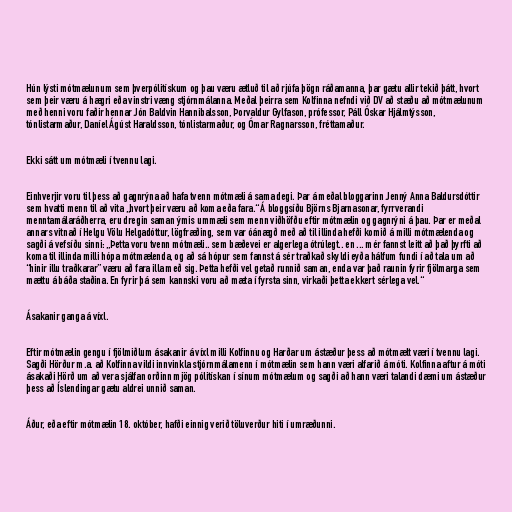
Hún lýsti mótmælunum sem þverpólitískum og þau væru ætluð til að rjúfa þögn ráðamanna, þar gætu allir tekið þátt, hvort
sem þeir væru á hægri eða vinstri væng stjórnmálanna. Meðal þeirra sem Kolfinna nefndi við DV að stæðu að mótmælunum
með henni voru faðir hennar Jón Baldvin Hannibalsson, Þorvaldur Gylfason, prófessor, Páll Óskar Hjálmtýsson,
tónlistarmaður, Daníel Ágúst Haraldsson, tónlistarmaður, og Ómar Ragnarsson, fréttamaður.

Ekki sátt um mótmæli í tvennu lagi.

Einhverjir voru til þess að gagnrýna að hafa tvenn mótmæli á sama degi. Þar á meðal bloggarinn Jenný Anna Baldursdóttir
sem hvatti menn til að vita „hvort þeir væru að koma eða fara.“ Á bloggsíðu Björns Bjarnasonar, fyrrverandi
menntamálaráðherra, eru dregin saman ýmis ummæli sem menn viðhöfðu eftir mótmælin og gagnrýni á þau. Þar er meðal
annars vitnað í Helgu Völu Helgadóttur, lögfræðing, sem var óánægð með að til illinda hefði komið á milli mótmælenda og
sagði á vefsíðu sinni: „Þetta voru tvenn mótmæli.. sem bæðevei er algerlega ótrúlegt.. en ... mér fannst leitt að það þyrfti að
koma til illinda milli hópa mótmælenda, og að sá hópur sem fannst á sér traðkað skyldi eyða hálfum fundi í að tala um að
“hinir illu traðkarar” væru að fara illa með sig. Þetta hefði vel getað runnið saman, enda var það raunin fyrir fjölmarga sem
mættu á báða staðina. En fyrir þá sem kannski voru að mæta í fyrsta sinn, virkaði þetta ekkert sérlega vel.“

Ásakanir ganga á víxl.

Eftir mótmælin gengu í fjölmiðlum ásakanir á víxl milli Kolfinnu og Harðar um ástæður þess að mótmælt væri í tvennu lagi.
Sagði Hörður m.a. að Kolfinna vildi innvinkla stjórnmálamenn í mótmælin sem hann væri alfarið á móti. Kolfinna aftur á móti
ásakaði Hörð um að vera sjálfan orðinn mjög pólitískan í sínum mótmælum og sagði að hann væri talandi dæmi um ástæður
þess að Íslendingar gætu aldrei unnið saman.

Áður, eða eftir mótmælin 18. október, hafði einnig verið töluverður hiti í umræðunni.